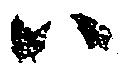
ハ